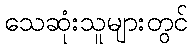
သေဆုံးသူများတွင်